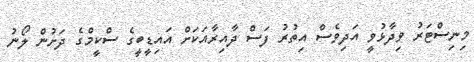
މިނިސްޓަރު ވިދާޅުވީ އަދިވެސް އިތުރު ފަސް ދާއިރާއަކަށް އައިޑީބީގެ ސްކީމްގެ ދަށުން ލޯނު